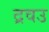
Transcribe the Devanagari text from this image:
द्रवउ